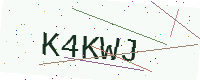
Text: K4KWJ